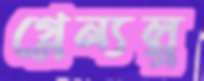
গ্লেন্যল্গ